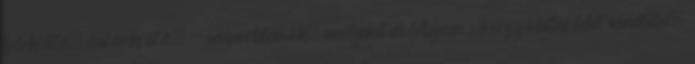
bőrkiütés, csalánkiütés, - veseproblémák, amelyeket elsődlegesen vérvizsgálattal lehet kimutatni,